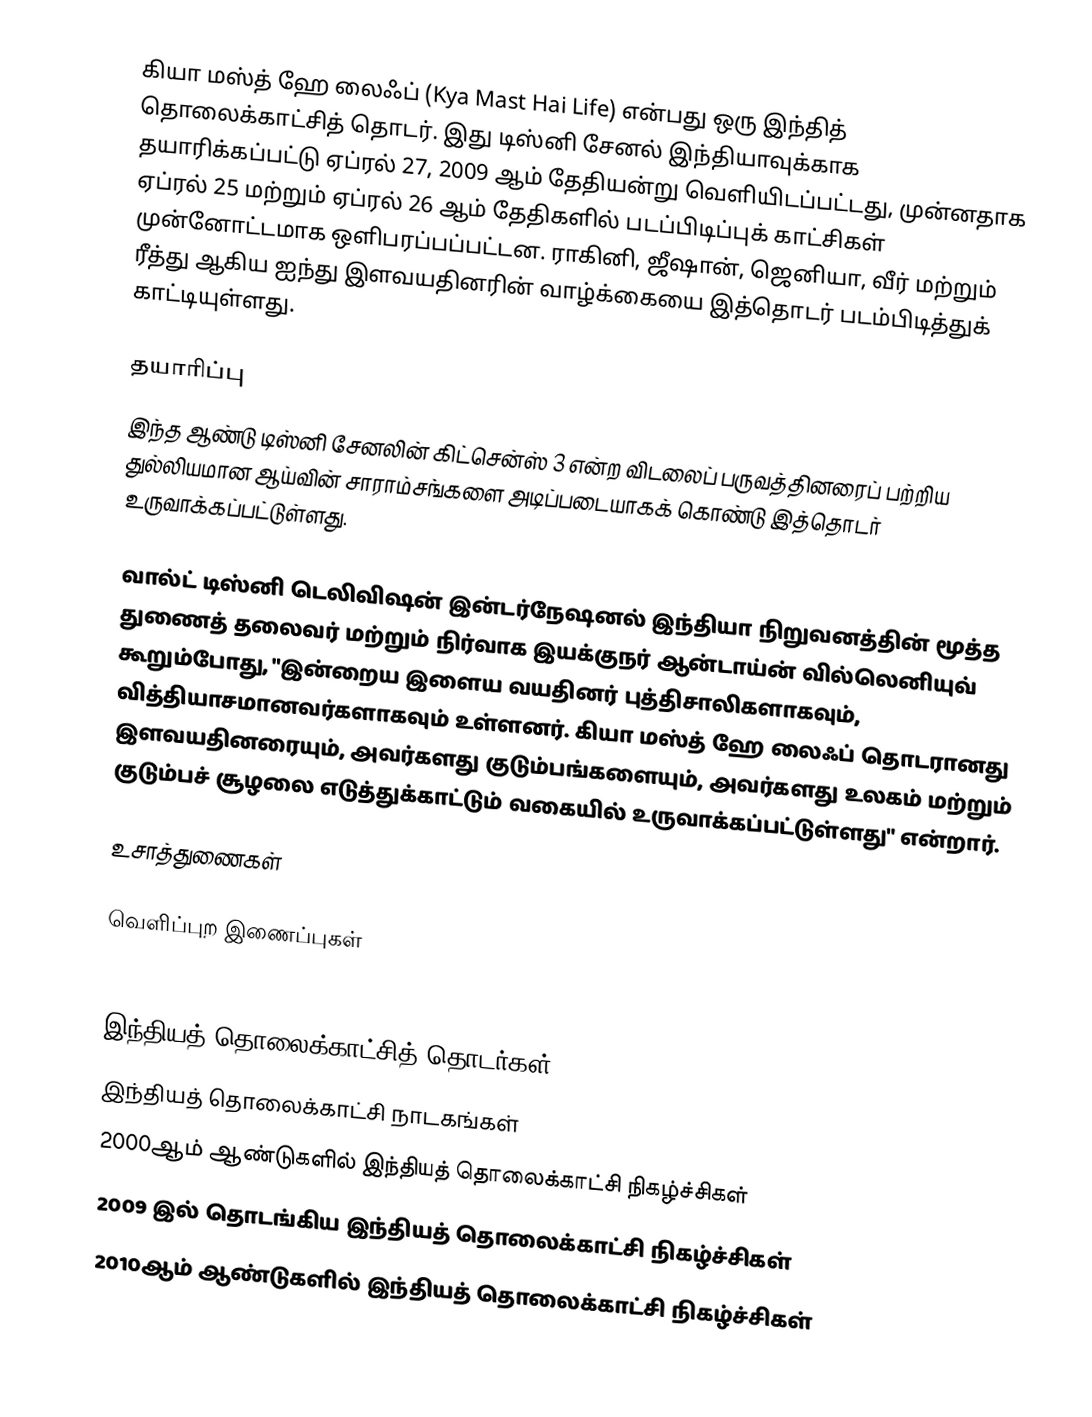
கியா மஸ்த் ஹே லைஃப் (Kya Mast Hai Life) என்பது ஒரு இந்தித் தொலைக்காட்சித் தொடர். இது டிஸ்னி சேனல் இந்தியாவுக்காக தயாரிக்கப்பட்டு ஏப்ரல் 27, 2009 ஆம் தேதியன்று வெளியிடப்பட்டது, முன்னதாக ஏப்ரல் 25 மற்றும் ஏப்ரல் 26 ஆம் தேதிகளில் படப்பிடிப்புக் காட்சிகள் முன்னோட்டமாக ஒளிபரப்பப்பட்டன. ராகினி, ஜீஷான், ஜெனியா, வீர் மற்றும் ரீத்து ஆகிய ஐந்து இளவயதினரின் வாழ்க்கையை இத்தொடர் படம்பிடித்துக் காட்டியுள்ளது.

தயாரிப்பு
இந்த ஆண்டு டிஸ்னி சேனலின் கிட்சென்ஸ் 3 என்ற விடலைப் பருவத்தினரைப் பற்றிய துல்லியமான ஆய்வின் சாராம்சங்களை அடிப்படையாகக் கொண்டு இத்தொடர் உருவாக்கப்பட்டுள்ளது.

வால்ட் டிஸ்னி டெலிவிஷன் இன்டர்நேஷனல் இந்தியா நிறுவனத்தின் மூத்த துணைத் தலைவர் மற்றும் நிர்வாக இயக்குநர் ஆன்டாய்ன் வில்லெனியுவ் கூறும்போது, "இன்றைய இளைய வயதினர் புத்திசாலிகளாகவும், வித்தியாசமானவர்களாகவும் உள்ளனர். கியா மஸ்த் ஹே லைஃப் தொடரானது இளவயதினரையும், அவர்களது குடும்பங்களையும், அவர்களது உலகம் மற்றும் குடும்பச் சூழலை எடுத்துக்காட்டும் வகையில் உருவாக்கப்பட்டுள்ளது" என்றார்.

உசாத்துணைகள்

வெளிப்புற இணைப்புகள்
 Official Disney Channel: Kya Mast Hai Life website

இந்தியத் தொலைக்காட்சித் தொடர்கள்
இந்தியத் தொலைக்காட்சி நாடகங்கள்
2000ஆம் ஆண்டுகளில் இந்தியத் தொலைக்காட்சி நிகழ்ச்சிகள்
2009 இல் தொடங்கிய இந்தியத் தொலைக்காட்சி நிகழ்ச்சிகள்
2010ஆம் ஆண்டுகளில் இந்தியத் தொலைக்காட்சி நிகழ்ச்சிகள்